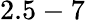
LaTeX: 2.5-7